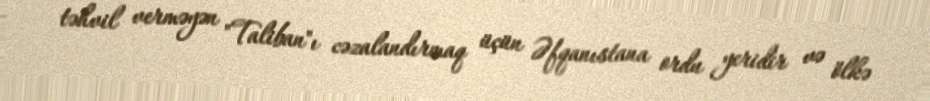
təhvil verməyən "Taliban"ı cəzalandırmaq üçün Əfqanıstana ordu yeridir və ölkə